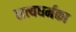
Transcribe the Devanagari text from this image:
सत्यधर्मका